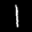
Label: 1